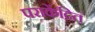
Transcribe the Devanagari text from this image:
पराकेंद्रित